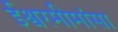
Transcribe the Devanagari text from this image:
ईश्वरमीमांसा